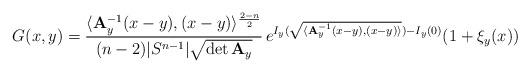
LaTeX: \begin{align*} G(x,y)=\frac{\langle {\bf A}_y^{-1}(x-y),(x-y)\rangle^{\frac{2-n}{2}}}{(n-2)|S^{n-1}|\sqrt{\det {\bf A}_y}}\,e^{I_y(\sqrt{\langle{\bf A}_y^{-1}(x-y),(x-y)\rangle})-I_y(0)}(1+\xi_y(x)) \end{align*}